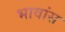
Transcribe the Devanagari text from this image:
भावांस